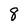
Character: 8